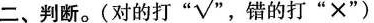
二、判断。(对的打”√”，错的打”×”)